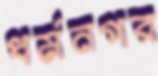
ধর্মনগর